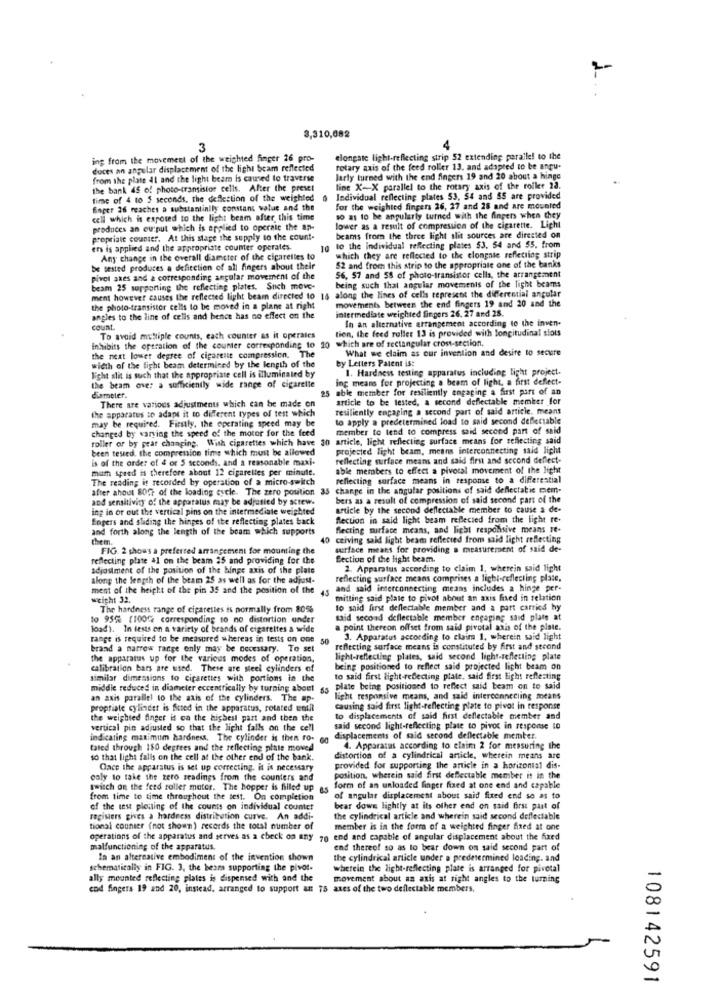
3,310,082
3
4
ing from the movement of the weighted finger 26 pro-
elongate light-reflecting strip 52 extending paraile! to the
duces an angular displacement of the light beam reflected
rotary axis of the feed roller 13, and adapted to be angu-
from the plate al and the light beam is caused to traverse
larly turned with the end fingers 19 and 20 about a hinge
the bank 45 of photo-transistor cells. After the preset
line X-X parallel to the rotary axis of the roller 28.
time of 4 to 5 seconds, the deflection of the weighted
Individual reflecting plates 53, 54 and 55 are provided
Enper 26 reaches a substantinily constant value and the
for the weighted fingers 26, 27 and 28 and are mounted
celi which is exposed to the light beam after this time
10 mi to be angularly turned with the fingers when they
produces an eu:put which is applied to operate the ap-
lower as a result of compression of the cigarette. Licht
propriate counter. At this stage the supply to the count-
beams from the three light slit sources are directed on
ers is applied and the appropriate counter operates.
10 to the individual reflecting plates $3, 54 and 55. from
Any change in the overall diameter of the cigarettes to
which they are reflected to the clongnie reflecting strip
be tested produces a deficction of all fingers about their
52 and from this strip to the appropriate one of the banks
pivot axes and a corresponding angular movement of the
56, 57 and 58 of photo-transistor cells, the arrangement
being such that angular movements of the light beams
beam 25 supporting the reflecting plates. Snch meve-
ment however causes the reflected light beam directed to 16 along the lines of cells represent the differential angular
movements between the end fingers 19 and 20 and the
the photo-transistor cells to be moved in a plane at right
intermediate weighted fingers 26. 27 and 28.
angles to the line of cells and hence has no effect on the
In an alternative arrangement according to the inven-
count
tion, the feed roller 13 is provided with longitudinal slots
To avoid multiple counts, each counter as it operates
Inhibits the operation of the counter corresponding to 10
What we claim as our invention and desire to secure
the next lower degree of cigarette compression. The
by Letters Patent ist
width of the light beam determined by the length of the
Night slit is such that the appropriate cell is illuminated by
1. Hardness testing apparatus including light project.
ing means for projecting a beam of light, a first deflect-
the beam over a sufficiently wide range of cigarette
25
able member for resiliently engaging a first part of an
diameter.
article to be tested, a second deflectable member for
the apparatus to adapt it to different types of test which
There are various adjustments which can be made on
resiliently encaping a second part of said article. means
to apply a predetermined load to said second deffectable
may be required. Firstly, the operating speed may be
changed by varying the speed of the motor for the feed
member to tend to compress said second part of said
roller or by pear changing, With cigarettes which have 30 article, light reflecting surface means for reflecting said
been tested. the compression time which must be allowed
projected light beam, means interconnecting said light
is of the order of 4 or 5 seconds, and a reasonable maxi-
reflecting surface means and said first and second deflect-
mum speed is therefore about 12 cigarettes per minute.
able members to effect a pivotal movement of the light
The reading is recorded by operation of a micro-switch
reflecting surface means in response to a differential
after ahout 80fr of the loading cycle. The zero position 33 change in the angular positions of said deflectatic mem-
and sensitivity of the apparatus may be adjusted by screws
bers as a result of compression of said second part of the
ing in or out the vertical pins on the intermediate weighted
article by the second deflectable member to cause a de-
Engers and sliding the hinges of the reflecting plates back
Rection in said light beam reflected from the light re-
and forth along the length of the beam which supports
Recting surface means, and light responsive means te-
the m.
40
ceiving said light beam reflected from said light reflecting
FIG. 2 shows a preferred arrangement for mounting the
surface means for providing a measurement of said de-
reflecting plate al on the beam 25 and providing for the
Section of the light beam.
adjustment of the position of the binge axis of the plate
2. Apparatus according to claim 1, wherein said light
along the length of the beam 25 as well as for the adjust-
reflecting surface means comprises a light-reflecting place,
ment of the height of the pin 35 and the position of the
45
and said interconnecting means includes a hinge per-
weicht 32.
mitting said plate to pivot about an axis fixed in relation
The hardness range of cigarettes is normally from 80%
to said first deflectable member and a part carries hy
to 95% (100% corresponding to no distortion ander
said second deflectable member engaging said plate at
load). In tests on a variety of brands of cigarettes a wide
a point thereon offset from said pivotal axis of the plate.
range is required to be measured whereas in tests on one
3. Apparatus according to claim 1, wherein said light
brand a narrow range only may be necessary. To set
reflecting surface means is constituted by first and second
the apparatus up for the various modes of operation,
light-reflecting plates, said second light-reflecting plate
calibration bars are used. These are steel cylinders of
being positioned to reflect said projected light beam on
similar dimensions to cigarettes with portions in the
to said first light-reflecting plate, said first light reflecting
middle reduced in diameter eccentrically by turning about
85
plate being positioned to reflect said beam on to said
an axis parallel to the axis of the cylinders. The ap-
light responsive means, and said interconnecting means
propriate cylindst is fitted in the apparatus, rotated emtil
causing said first light-reflecting plate to pivot in response
the weighted finger is ca the highest part and then the
to displacements of said first deflectable member and
vertical pin adjusted so that the light falls on the cell
said second light-reflecting plate to pivos in response to
indicating maximum hardness. The cylinder is then ro-
displacements of said second dellectable member.
tated through 150 degrees and the reflecting plate moved
4. Apparatus according to claim 2 for measuring the
so that light falls on the cell at the other end of the bank.
distortion of a cylindrical article, wherein means are
Cace the apparatus is set up correcting. it is necessary
provided for supporting the article in a horizontal dis-
caly to take the zero readings from the counters and
position, wherein said first defectable member it in the
switch on the feed roller motor. The hopper is filled up
form of an unloaded finger fixed at one end and capable
from time to time throughout the test. On completion
of angular displacement about said fixed end so as to
of the test plouing of the counts on individual counter
bear down lightly at its other end on said first part of
registers gives a hardness distribution curve. An addi-
the cylindrical article and wherein said second deflectable
tional counter (not shown) records the total number of
member is in the form of a weighted finger fixed at one
operations of the apparatus and serves as a check on any 70 end and capable of angular displacement about the fixed
end and capable of angular displacement about the fixed
malfunctioning of the apparatus.
end thereof so as to bear down on said second part of
In an alternative embodiment of the invention shown
the cylindrical article under a predetermined loading. and
schematically in FIG. 3, the beam supporting the pivot-
wherein the light-reflecting plate is arranged for pivotal
ally mounted reflecting plates is dispensed with and the
movement about an axis at right angles to the turning
end fingers 19 and 20, instead, arranged to support an 75 axes of the two deflectable members,
108142591